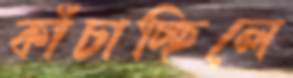
কাঁচাচ্ছিলে